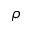
\rho